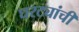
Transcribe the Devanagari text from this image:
घरट्यांची